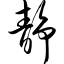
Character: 静